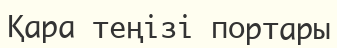
Қара теңізі портары